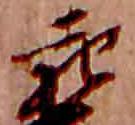
親